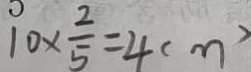
1 0 \times \frac { 2 } { 5 } = 4 ( m )